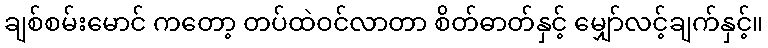
ချစ်စမ်းမောင် ကတော့ တပ်ထဲဝင်လာတာ စိတ်ဓာတ်နှင့် မျှော်လင့်ချက်နှင့်။